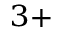
^ { 3 + }